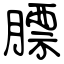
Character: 膘